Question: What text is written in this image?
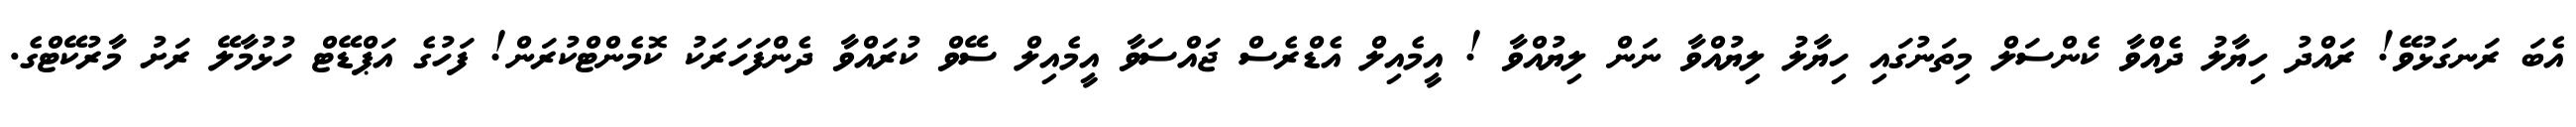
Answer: އެބަ ރަނގަޅުވޭ! ރައްދު ހިޔާލު ދެއްވާ ކެންސަލް މިތަނުގައި ހިޔާލު ލިޔުއްވާ ނަން ލިޔުއްވާ ! އީމެއިލް އެޑްރެސް ޖައްސަވާ އީމެއިލް ސޭވް ކުރައްވާ ދެންފަހަރަކު ކޮމެންޓްކުރަން! ފަހުގެ އަޕްޑޭޓް ހުޅުމާލޭ ރަށު މާރުކޭޓްގެ.